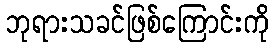
ဘုရားသခင်ဖြစ်ကြောင်းကို